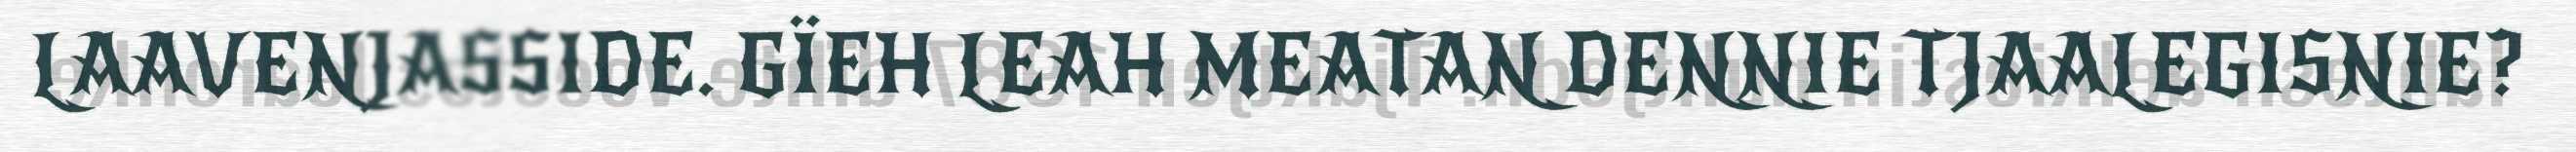
LAAVENJASSIDE. GÏEH LEAH MEATAN DENNIE TJAALEGISNIE?